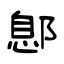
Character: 鄎